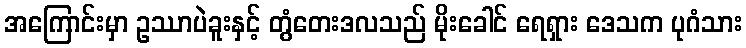
အကြောင်းမှာ ဥဿာပဲခူးနှင့် တွံတေးဒလသည် မိုးခေါင် ရေရှား ဒေသက ပုဂံသား